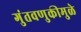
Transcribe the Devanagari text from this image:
गुंतवणुकीमुळे